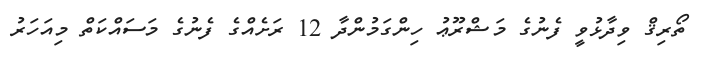
ތޯރިޤް ވިދާޅުވީ ފެނުގެ މަޝްރޫޢު ހިންގަމުންދާ 12 ރަށެއްގެ ފެނުގެ މަސައްކަތް މިއަހަރު